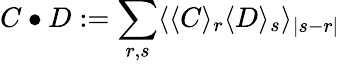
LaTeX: C\bullet D:=\sum_{r,s}\langle\langle C\rangle_{r}\langle D\rangle_{s}\rangle_{|s-r|}